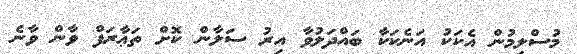
މުސްލިމުން އެކަކު އަނެކަކާ ބައްދަލުވާ އިރު ސަލާން ކޮށް ތަޢާރަފް ވާން ވާނެ